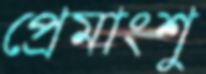
প্রেমাংশু